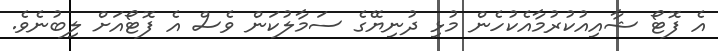
އެ ފޮޓޯ ޝާއިއުކުރުމާއެކުހެން މުޅި ދުނިޔޭގެ ސަމާލުކަން ވެސް އެ ފޮޓޯއަށް ލިބުނެވެ.